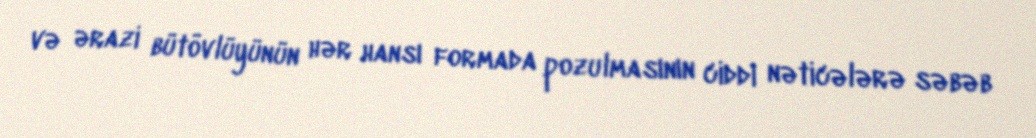
və ərazi bütövlüyünün hər hansı formada pozulmasının ciddi nəticələrə səbəb